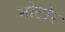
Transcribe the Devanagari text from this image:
मोटोर